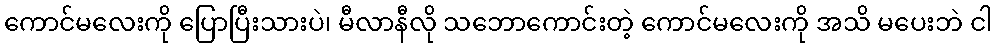
ကောင်မလေးကို ပြောပြီးသားပဲ၊ မီလာနီလို သဘောကောင်းတဲ့ ကောင်မလေးကို အသိ မပေးဘဲ ငါ